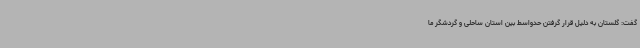
گفت: گلستان به دلیل قرار گرفتن حدواسط بین استان ساحلی و گردشگر ما